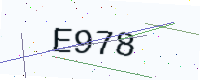
Text: E978